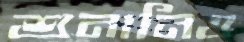
শুনানিও